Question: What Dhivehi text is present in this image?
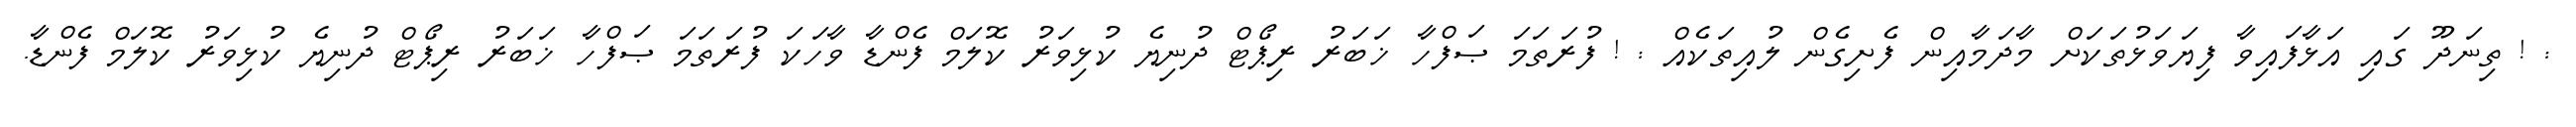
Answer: : ! ތިނަދޫ ގައި އަޅާފައިވާ ފިޔަވަޅުތަކަށް މާދަމާއިން ފެށިގެން ލުއިތަކެއް : ! ފުރަތަމަ ޞަފްހާ ޚަބަރު ރިޕޯޓް ދުނިޔެ ކުޅިވަރު ކޮލަމް ފެންޑާ ވާހަކަ ފުރަތަމަ ޞަފްހާ ޚަބަރު ރިޕޯޓް ދުނިޔެ ކުޅިވަރު ކޮލަމް ފެންޑާ.